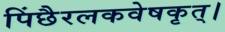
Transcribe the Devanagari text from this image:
पिंछैरलकवेषकृत्‌।